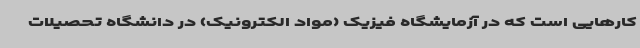
کارهایی است که در آزمایشگاه فیزیک (مواد الکترونیک) در دانشگاه تحصیلات